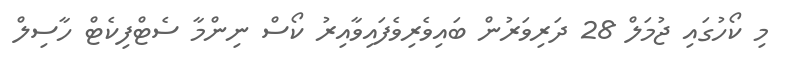
މި ކޯހުގައި ޖުމަލް 28 ދަރިވަރުން ބައިވެރިވެފައިވާއިރު ކޯސް ނިންމާ ސެޓްފިކެޓް ހާސިލް